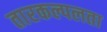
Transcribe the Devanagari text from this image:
तारकल्पलता